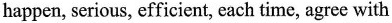
happen, serious, efficient, each time, agree with